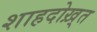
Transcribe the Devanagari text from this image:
शाहदोख़्त